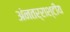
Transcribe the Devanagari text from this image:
अंनतर्राश्टीय